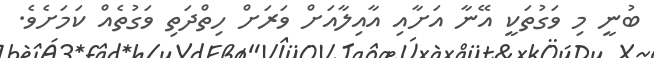
ބުނީ މި ވަގުތަކީ އޭނާ އަށާއި އާއިލާއަށް ވަރަށް ހިތްދަތި ވަގުތެއް ކަމަށެވެ.